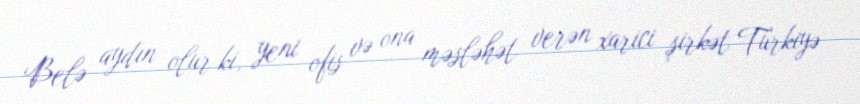
Belə aydın olur ki, yeni ofis və ona məsləhət verən xarici şirkət Türkiyə